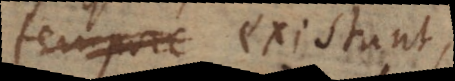
tempore existere;